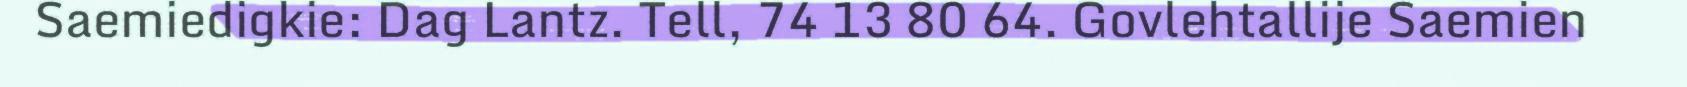
Saemiedigkie: Dag Lantz. Tell, 74 13 80 64. Govlehtallije Saemien